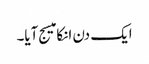
ایک دن انکا میسج آیا۔